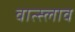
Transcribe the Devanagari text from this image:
वात्स्लाव